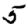
Digit: 5